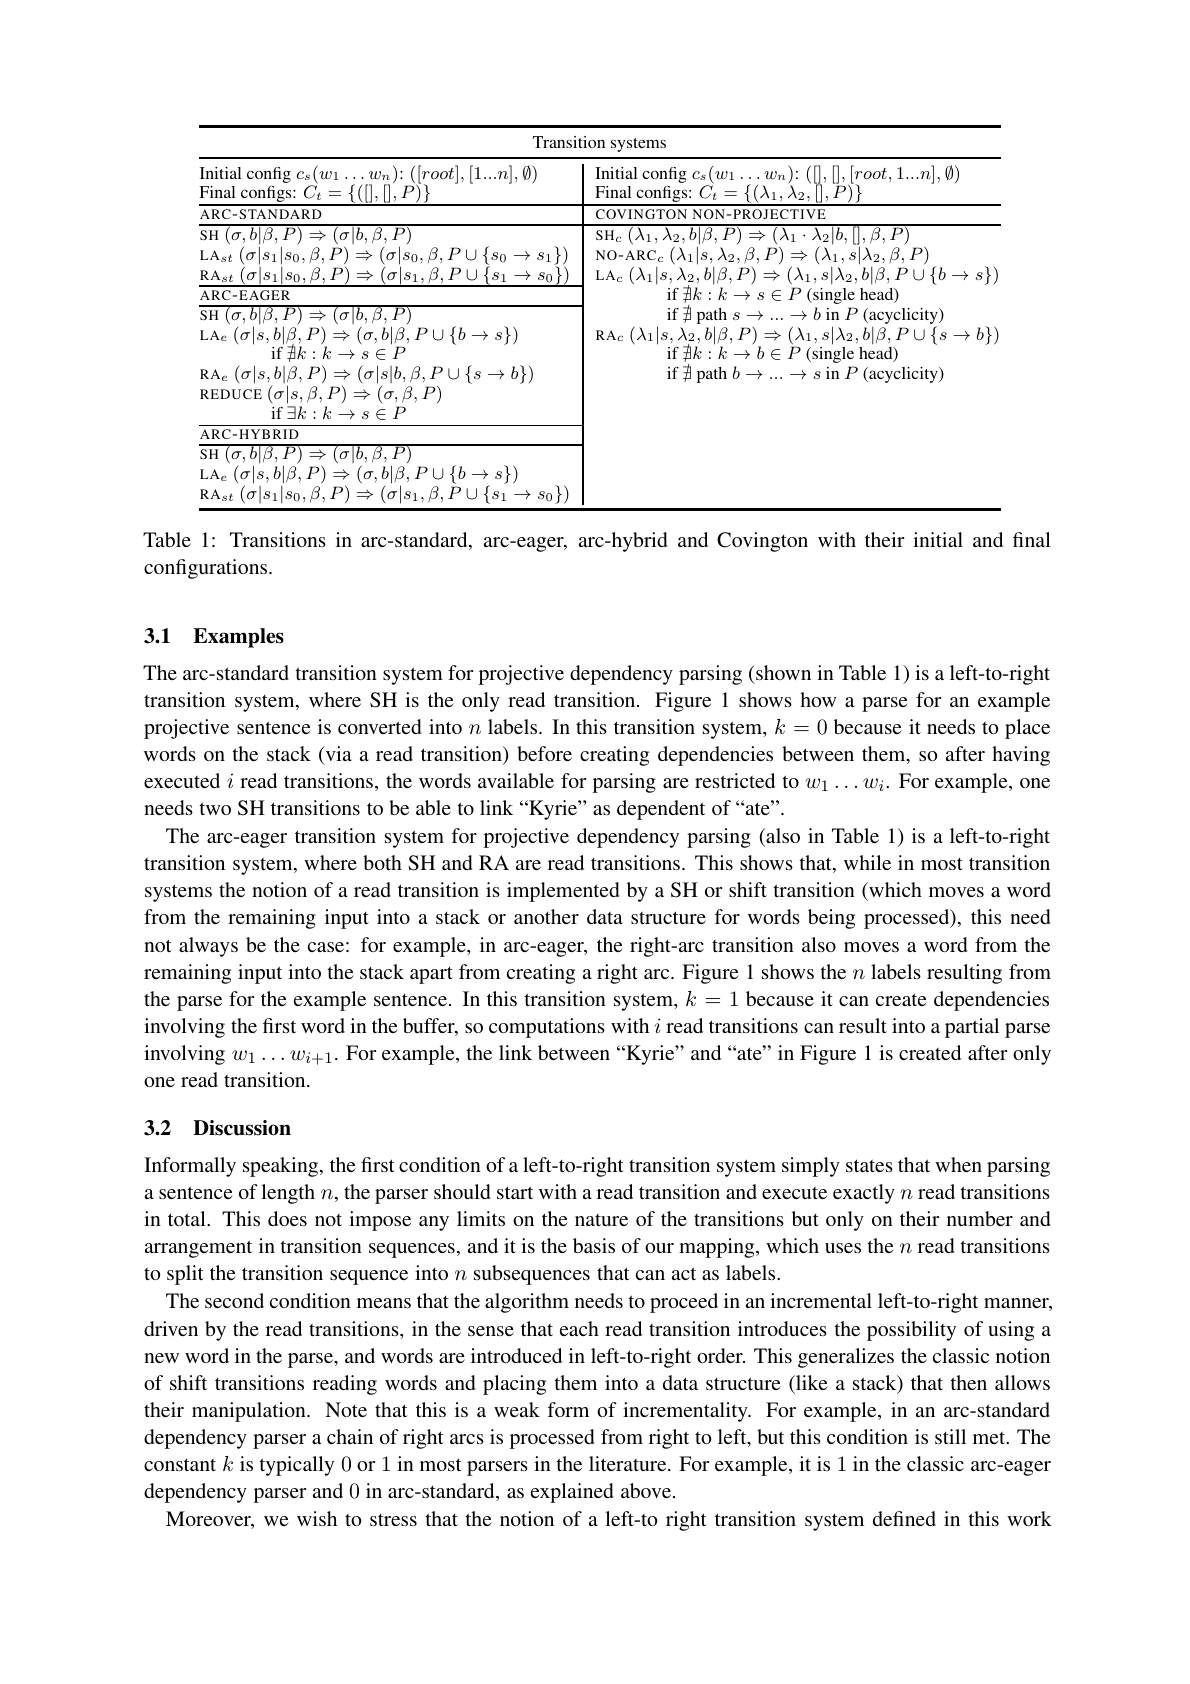
<table>
	<tbody>
		<tr>
			<th colspan="2">Transition systems</th>
		</tr>
		<tr>
			<th>Initial config $c_s(w_1\ldots w_n){:}([root],[1...n],\emptyset)$ ${\mathrm{Final~configs:~}C_{t}=\{([],[],P)\}}$</th>
			<th>Initial config $c_s(w_1\ldots w_n)\colon([],[],[root,1...n],\emptyset)$ $\operatorname{Final}\mathop{\text{configs: }C}_{t}=\{(\lambda_{1},\lambda_{2},\|,\bar{P})\}$</th>
		</tr>
		<tr>
			<td>$\left|\mathbf{0}\right||\mathbf{0}$ $\mathrm{RA}_{st}\left(\sigma|s_{1}|s_{0},\beta,P\right)\Rightarrow\left(\sigma|s_{1},\beta,P\cup\{s_{1}\to s_{0}\}\right)$ ARC- EAGER SH$(\sigma,b|\beta,P)\Rightarrow(\sigma|b,\beta,P)$ $\mathrm{LA}_{e}\left(\sigma|s,b|\beta,P\right)\Rightarrow\left(\sigma,b|\beta,P\cup\{b\to s\}\right)$ if$\not \exists k: k\rightarrow s\in P$ $\mathbf{R}_{e}\left(\sigma|s,b|\beta,P\right)\Rightarrow\left(\sigma|s|b,\beta,P\cup\{s\to b\}\right)$ $\operatorname{REDUCE}\left(\sigma|s,\beta,P\right)\Rightarrow\left(\sigma,\beta,P\right)$ if$\exists k: k\to s\in P$ ARC- HYBRID ${\overline{{\mathrm{SH}}}(\sigma,b|\beta,P)\Rightarrow(\sigma|b,\beta,P)}$ $\mathrm{LA}_{e}\left(\sigma|s,b|\beta,P\right)\Rightarrow\left(\sigma,b|\beta,P\cup\{b\to s\}\right)$ $\left|_{\mathbf{T}}\right|_{\mathbf{O}}$ $A2$ $\beta_{1}D_{1}|\int_{\infty}$ $\Rightarrow s_{0}\}$</td>
			<td>$\mathrm{LA}_{c}\left(\lambda_{1}|s,\lambda_{2},b|\beta,P\right)\Rightarrow\left(\lambda_{1},s|\lambda_{2},b|\beta,P\cup\{b\to s\}\right)$ if $\nexists k:k\to s\in P$ (single head) if$\nexists$path$s\to...\to b$in$P$(acyclicity) $\mathrm{RA}_{c}\left(\lambda_{1}|s,\lambda_{2},b|\beta,P\right)\Rightarrow\left(\lambda_{1},s|\lambda_{2},b|\beta,P\cup\{s\to b\}\right.$ if $\nexists k:k\to b\in P$ (single head) if$\nexists$path$b\to...\to s$in$P$(acyclicity)</td>
		</tr>
	</tbody>
</table>

Table 1: Transitions in arc-standard, arc-eager, arc-hybrid and Covington with their initial and final
configurations.

## 3.1 Examples

The arc-standard transition system for projective dependency parsing (shown in Table 1) is a left-to-right transition system, where SH is the only read transition. Figure 1 shows how a parse for an example projective sentence is converted into $n$ labels. In this transition system, $k=0$ because it needs to place words on the stack (via a read transition) before creating dependencies between them, so after having executed $i$ read transitions, the words available for parsing are restricted to $w_1\ldots w_i.$ For example, one needs two SH transitions to be able to link “Kyrie”as dependent of“ate”.
The arc-eager transition system for projective dependency parsing (also in Table 1) is a left-to-right transition system, where both SH and RA are read transitions. This shows that, while in most transition systems the notion of a read transition is implemented by a SH or shift transition (which moves a word from the remaining input into a stack or another data structure for words being processed), this need not always be the case: for example, in arc-eager, the right-arc transition also moves a word from the remaining input into the stack apart from creating a right arc. Figure 1 shows the $n$ labels resulting from the parse for the example sentence. In this transition system, $k=1$ because it can create dependencies involving the first word in the buffer, so computations with $i$ read transitions can result into a partial parse involving $w_1\ldots w_{i+1}.$ For example, the link between “Kyrie”and“ate”in Figure 1 is created after only one read transition.

# 3.2 Discussion

Informally speaking, the first condition of a left-to-right transition system simply states that when parsing a sentence of length $n$, the parser should start with a read transition and execute exactly $n$ read transitions in total. This does not impose any limits on the nature of the transitions but only on their number and arrangement in transition sequences, and it is the basis of our mapping, which uses the $n$ read transitions to split the transition sequence into $n$ subsequences that can act as labels.
The second condition means that the algorithm needs to proceed in an incremental left-to-right manner, driven by the read transitions, in the sense that each read transition introduces the possibility of using a new word in the parse, and words are introduced in left-to-right order. This generalizes the classic notion of shift transitions reading words and placing them into a data structure (like a stack) that then allows their manipulation. Note that this is a weak form of incrementality. For example, in an arc-standard dependency parser a chain of right arcs is processed from right to left, but this condition is still met. The constant $k$ is typically 0 or 1 in most parsers in the literature. For example, it is 1 in the classic arc-eager dependency parser and 0 in arc-standard, as explained above.
Moreover, we wish to stress that the notion of a left-to right transition system defined in this work